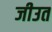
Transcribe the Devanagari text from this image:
जीउत